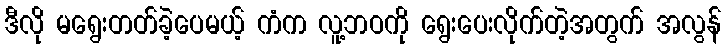
ဒီလို မရွေးတတ်ခဲ့ပေမယ့် ကံက လူ့ဘဝကို ရွေးပေးလိုက်တဲ့အတွက် အလွန်